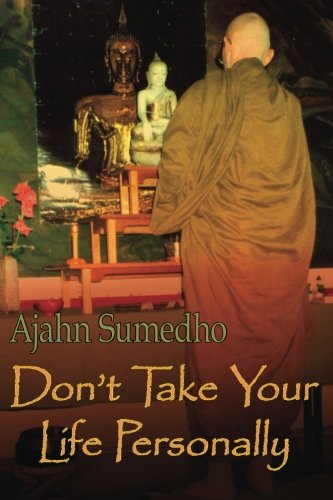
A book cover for Don't Take Your Life Personally; Ajahn Sumedho; Religion & Spirituality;